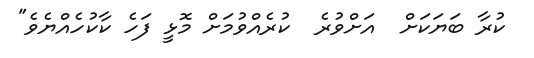
ކުރާ ބަޔަކަށް  އަށްވުރެ  ކުރެއްވުމަށް މޮޅީ ފަހެ ކާކުހެއްޔެވެ"